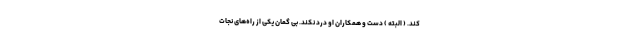
کند. ( البته ) دست و همکاران او درد نکند. بی گمان یکی از راه‌های نجات